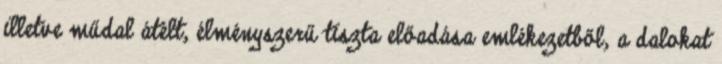
illetve műdal átélt, élményszerű tiszta előadása emlékezetből, a dalokat